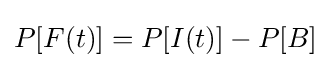
P[F(t)]=P[I(t)]-P[B]